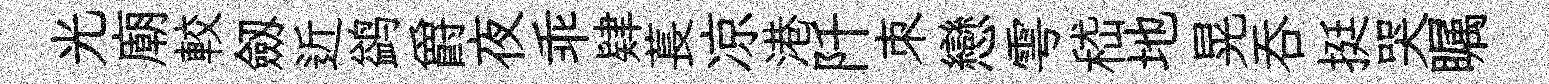
光廟較劔近鹢爵夜乖肄萇凉港阡朿戀雩嵇地晃呑挺哭瞩